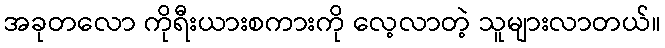
အခုတလော ကိုရီးယားစကားကို လေ့လာတဲ့ သူများလာတယ်။